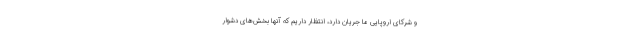
و شرکای اروپایی ما جریان دارد، انتظار داریم که آنها بخش‌های دشوار